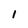
Character: l